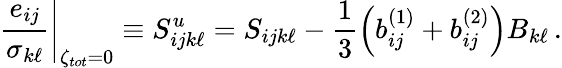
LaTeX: \left.\frac{e_{ij}}{\sigma_{k\ell}}\right|_{\zeta_{tot}=0}\equiv S_{ijk\ell}^{u}=S_{ijk\ell}-\frac{1}{3}\left(b_{ij}^{(1)}+b_{ij}^{(2)}\right)B_{k\ell}\, .